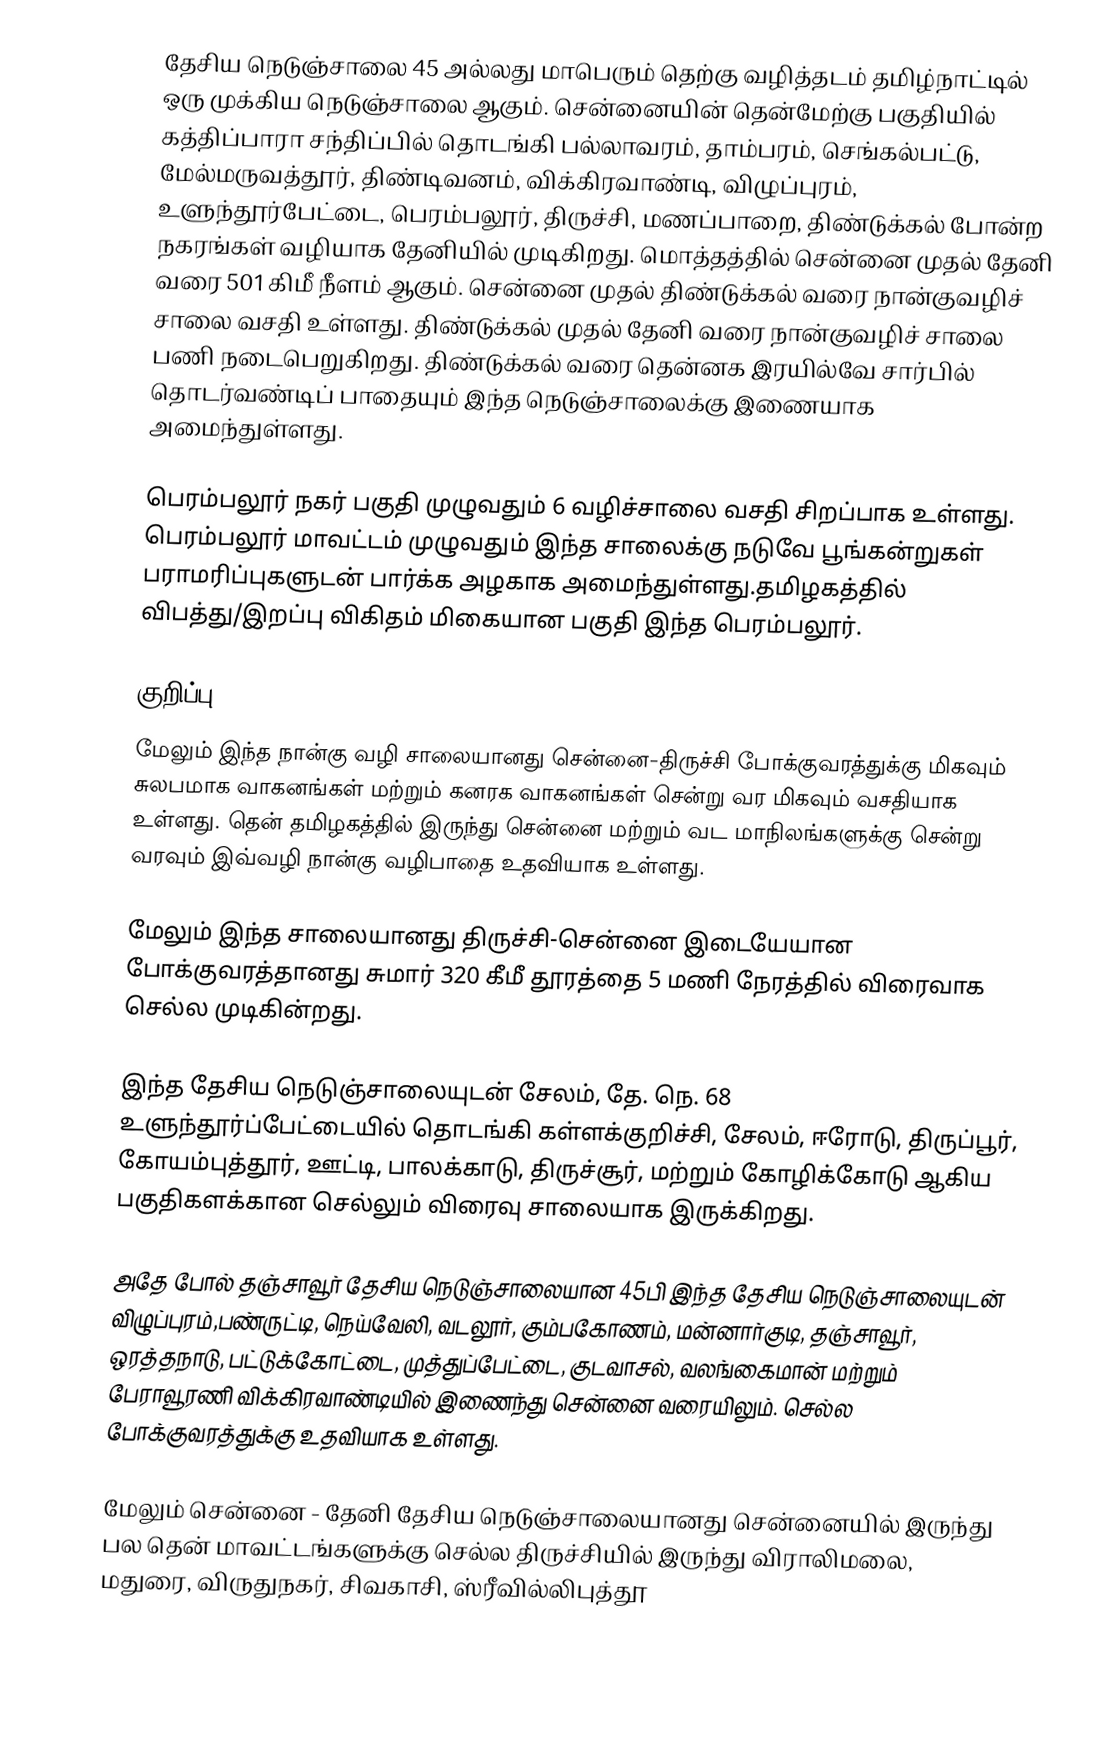
தேசிய நெடுஞ்சாலை 45 அல்லது மாபெரும் தெற்கு வழித்தடம் தமிழ்நாட்டில் ஒரு முக்கிய நெடுஞ்சாலை ஆகும். சென்னையின் தென்மேற்கு பகுதியில் கத்திப்பாரா சந்திப்பில் தொடங்கி பல்லாவரம், தாம்பரம், செங்கல்பட்டு, மேல்மருவத்தூர்,  திண்டிவனம், விக்கிரவாண்டி, விழுப்புரம், உளுந்தூர்பேட்டை, பெரம்பலூர், திருச்சி, மணப்பாறை, திண்டுக்கல் போன்ற நகரங்கள் வழியாக தேனியில் முடிகிறது. மொத்தத்தில் சென்னை முதல் தேனி வரை 501 கிமீ நீளம் ஆகும். சென்னை முதல் திண்டுக்கல் வரை நான்குவழிச் சாலை வசதி உள்ளது. திண்டுக்கல் முதல் தேனி வரை நான்குவழிச் சாலை பணி நடைபெறுகிறது. திண்டுக்கல் வரை தென்னக இரயில்வே சார்பில்  தொடர்வண்டிப் பாதையும் இந்த நெடுஞ்சாலைக்கு இணையாக அமைந்துள்ளது.

பெரம்பலூர் நகர் பகுதி முழுவதும் 6 வழிச்சாலை வசதி சிறப்பாக உள்ளது. பெரம்பலூர் மாவட்டம் முழுவதும் இந்த சாலைக்கு நடுவே பூங்கன்றுகள் பராமரிப்புகளுடன் பார்க்க அழகாக அமைந்துள்ளது.தமிழகத்தில் விபத்து/இறப்பு விகிதம் மிகையான பகுதி இந்த பெரம்பலூர்.

குறிப்பு
மேலும் இந்த நான்கு வழி சாலையானது சென்னை-திருச்சி  போக்குவரத்துக்கு மிகவும் சுலபமாக வாகனங்கள் மற்றும் கனரக வாகனங்கள் சென்று வர மிகவும் வசதியாக உள்ளது. தென் தமிழகத்தில் இருந்து சென்னை மற்றும் வட மாநிலங்களுக்கு சென்று வரவும் இவ்வழி நான்கு வழிபாதை உதவியாக உள்ளது.

மேலும் இந்த சாலையானது திருச்சி-சென்னை இடையேயான போக்குவரத்தானது சுமார் 320 கீமீ தூரத்தை 5 மணி நேரத்தில் விரைவாக செல்ல முடிகின்றது.

இந்த தேசிய நெடுஞ்சாலையுடன்  சேலம், தே. நெ. 68 உளுந்தூர்ப்பேட்டையில் தொடங்கி கள்ளக்குறிச்சி, சேலம், ஈரோடு, திருப்பூர், கோயம்புத்தூர், ஊட்டி, பாலக்காடு, திருச்சூர், மற்றும் கோழிக்கோடு ஆகிய பகுதிகளக்கான செல்லும் விரைவு சாலையாக இருக்கிறது.

அதே போல் தஞ்சாவூர் தேசிய நெடுஞ்சாலையான 45பி இந்த தேசிய நெடுஞ்சாலையுடன் விழுப்புரம்,பண்ருட்டி, நெய்வேலி, வடலூர், கும்பகோணம், மன்னார்குடி, தஞ்சாவூர், ஒரத்தநாடு, பட்டுக்கோட்டை, முத்துப்பேட்டை, குடவாசல், வலங்கைமான் மற்றும் பேராவூரணி விக்கிரவாண்டியில் இணைந்து சென்னை வரையிலும். செல்ல போக்குவரத்துக்கு உதவியாக உள்ளது.

மேலும் சென்னை - தேனி தேசிய நெடுஞ்சாலையானது சென்னையில் இருந்து பல தென் மாவட்டங்களுக்கு செல்ல திருச்சியில் இருந்து விராலிமலை, மதுரை, விருதுநகர், சிவகாசி, ஸ்ரீவில்லிபுத்தூ